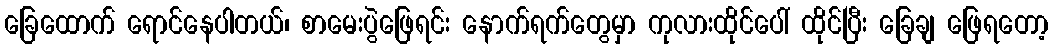
ခြေထောက် ရောင်နေပါတယ်၊ စာမေးပွဲဖြေရင်း နောက်ရက်တွေမှာ ကုလားထိုင်ပေါ် ထိုင်ပြီး ခြေချ ဖြေရတော့